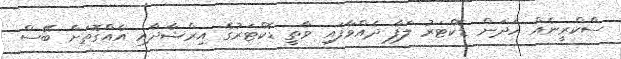
ސްކްރީނެއް ހަދަން ޑޮކްޓަރު ލަފާ ދެއްވާފައި ވާތީ ޑޮކްޓަރުގެ އިރްޝާދާއި އެއްގޮތަށް ބޭސް